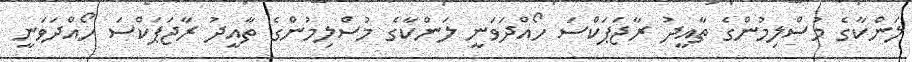
ލަންކާގެ މުސްލިމުންގެ ތާއީދު ރާޖަޕަކްސަ ހޯއްދަވަނީ ލަންކާގެ މުސްލިމުންގެ ތާއީދު ރާޖަޕަކްސަ ހޯއްދަވަނީ